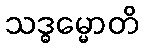
သဒ္ဓမ္မောတိ